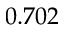
0 . 7 0 2